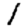
Digit: 1